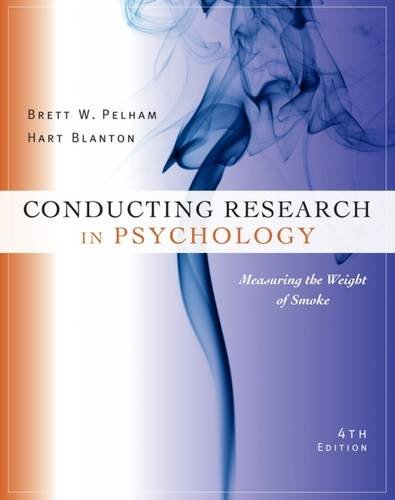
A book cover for Conducting Research in Psychology: Measuring the Weight of Smoke; Brett W. Pelham; Health, Fitness & Dieting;